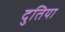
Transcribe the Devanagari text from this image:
दुतिया